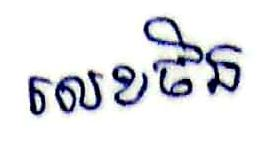
លេខចិន